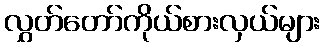
လွှတ်တော်ကိုယ်စားလှယ်များ